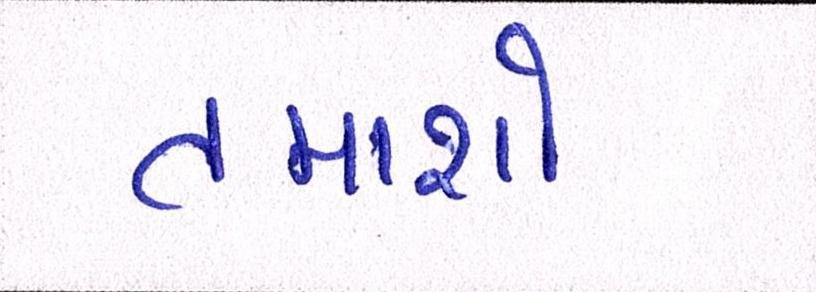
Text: તમાશો